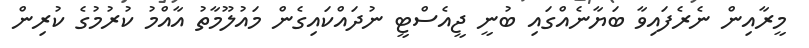
މީރާއިން ނެރެފައިވާ ބަޔާނެއްގައި ބުނީ ޖީއެސްޓީ ނުދައްކައިގެން މައުލޫމާތު އާއްމު ކުރުމުގެ ކުރިން